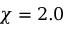
\chi = 2 . 0